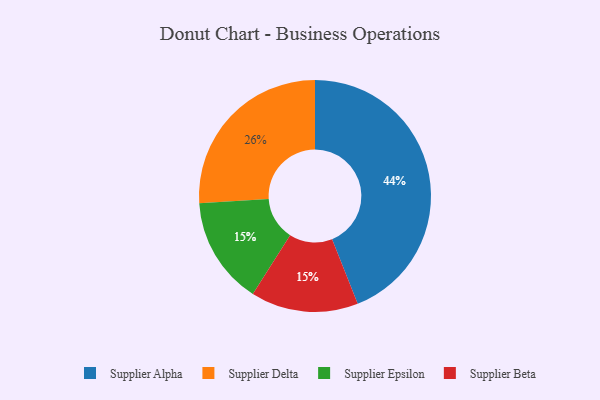
{"axis": {"x": "Category", "y": "Percentage"}, "legend": ["Supplier Alpha", "Supplier Beta", "Supplier Delta", "Supplier Epsilon"], "data": [{"x": "Supplier Epsilon", "y": 15, "type": "Supplier Epsilon"}, {"x": "Supplier Delta", "y": 26, "type": "Supplier Delta"}, {"x": "Supplier Alpha", "y": 44, "type": "Supplier Alpha"}, {"x": "Supplier Beta", "y": 15, "type": "Supplier Beta"}]}